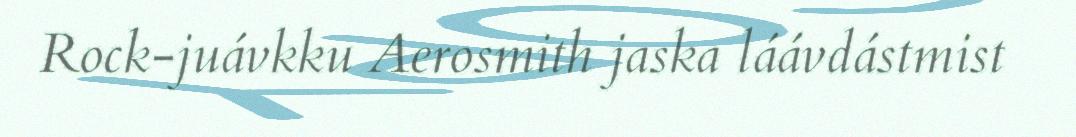
Rock-juávkku Aerosmith jaska láávdástmist